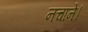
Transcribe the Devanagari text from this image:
नचाने।